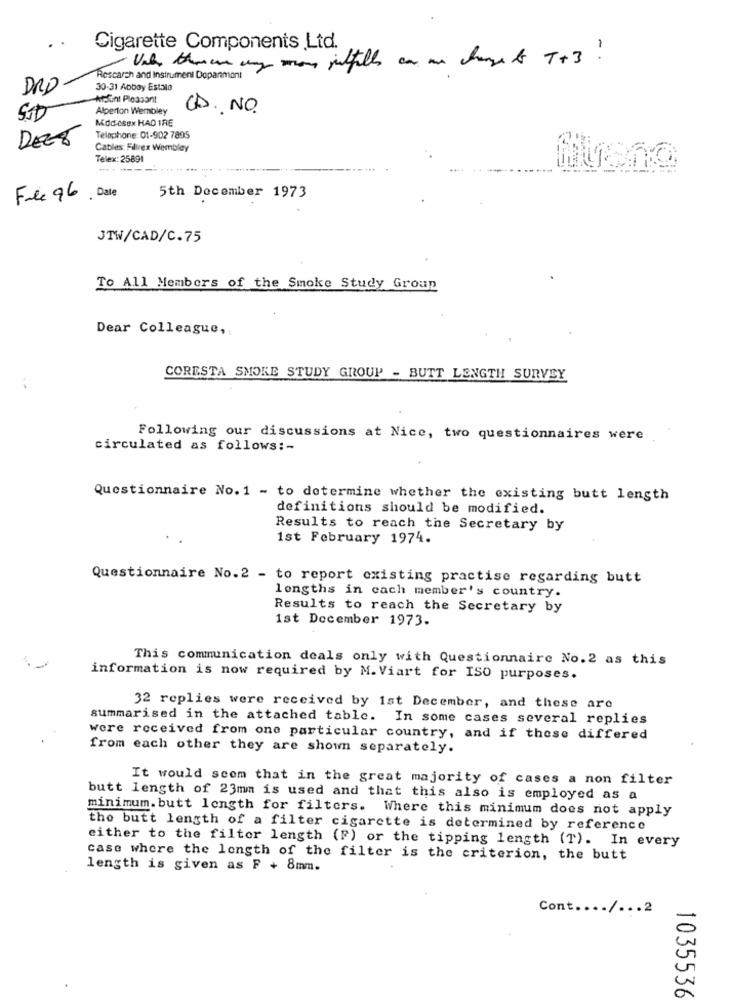
Cigarette Components Ltd.
Vale themwe may mone julfills ca un champe t T+3?
Rescarch and Instrument Dopanmont
DRO
30-31 Aoboy Estalo
Mount Pleasant
Alperton Wembley
CD. NO.
MOdeSON HAD IRE
DEET
Telephone: 01-902 7895
Cables: Fillrex Wembley
Telex: 25891
..
-----
File 96, Date
5th December 1973
JTW/CAD/C.75
To All Members of the Smoke Study Group
Dear Colleague,
CORESTA SMOKE STUDY GROUP - BUTT LENGTH SURVEY
Following our discussions at Nice, two questionnaires were
circulated as follows :-
Questionnaire No. 1 - to determine whether the existing butt length
definitions should be modified.
Results to reach the Secretary by
1st February 1974.
Questionnaire No.2 - to report existing practise regarding butt
lengths in cach member's country.
Results to reach the Secretary by
1st December 1973.
This communication deals only with Questionnaire No.2 as this
information is now required by M. Viart for ISO purposes.
32 replies were received by ist December, and these are
summarised in the attached table. In some cases several replies
were received from one particular country, and if these differed
from each other they are shown separately.
It would seem that in the great majority of cases a non filter
butt length of 23mm is used and that this also is employed as a
minimum. butt length for filters. Where this minimum does not apply
the butt length of a filter cigarette is determined by reference
either to the filter length (F) or the tipping length (T). In every
case where the length of the filter is the criterion, the butt
length is given as F + 8mm.
Cont .... / ... 2
1035536